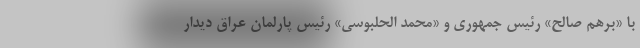
با «برهم صالح» رئیس جمهوری و «محمد الحلبوسی» رئیس پارلمان عراق دیدار